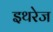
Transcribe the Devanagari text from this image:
इथरेज